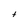
Character: t